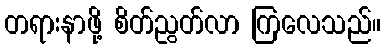
တရားနာဖို့ စိတ်ညွတ်လာ ကြလေသည်။